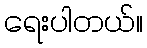
ရေးပါတယ်။